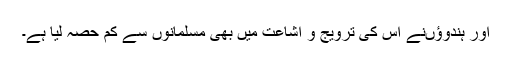
اور ہندوؤںنے اس کی ترویج و اشاعت میں بھی مسلمانوں سے کم حصہ لیا ہے۔